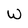
Character: W